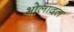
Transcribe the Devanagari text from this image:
भोलादत